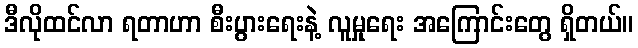
ဒီလိုထင်လာ ရတာဟာ စီးပွားရေးနဲ့ လူမှုရေး အကြောင်းတွေ ရှိတယ်။